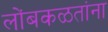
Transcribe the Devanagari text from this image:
लोंबकळतांना